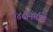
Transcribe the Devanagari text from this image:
१४८निर्माण